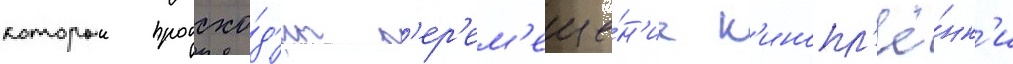
которыи происхо́д'ит п'ер'ем'еще́н'ие к'инопл'ё́нк'и